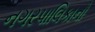
નગરપાલિકાનો